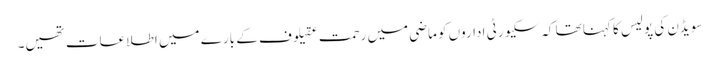
سویڈن کی پولیس کا کہنا تھا کہ سکیورٹی اداروں کو ماضی میں رحمت عقیلوف کے بارے میں اطلاعات تھیں۔